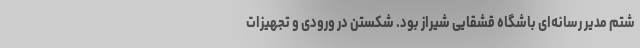
شتم مدیر رسانه‌ای باشگاه قشقایی شیراز بود. شکستن در ورودی و تجهیزات